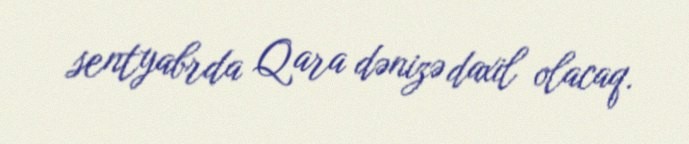
sentyabrda Qara dənizə daxil olacaq.